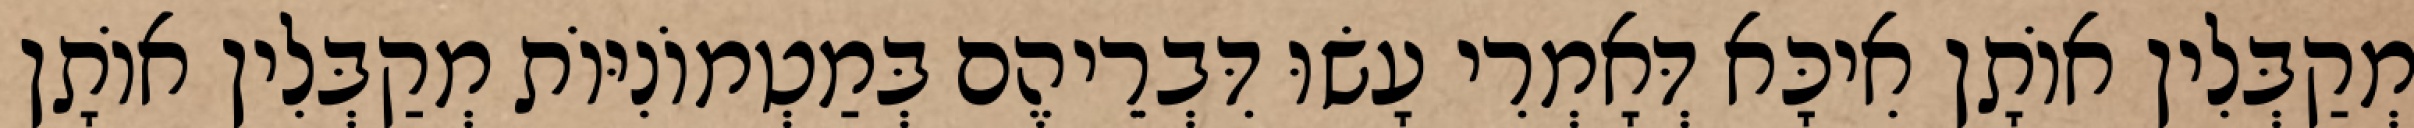
מְקַבְּלִין אוֹתָן אִיכָּא דְּאָמְרִי עָשׂוּ דִּבְרֵיהֶם בְּמַטְמוֹנִיּוֹת מְקַבְּלִין אוֹתָן